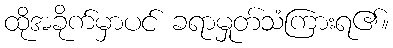
ထိုအခိုက်မှာပင် ခရာမှုတ်သံကြားရ၏။